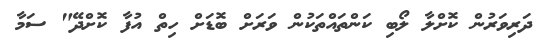
ދަރިވަރުން ކޮށްލާ ލޯބި ކަންތައްތަކުން ވަރަށް ބޮޑަށް ހިތް އުފާ ކޮށްދޭ" ސަމާ